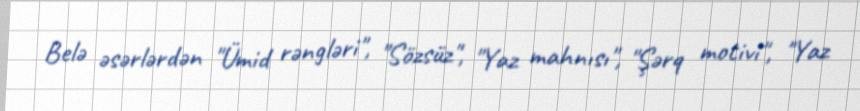
Belə əsərlərdən "Ümid rəngləri", "Sözsüz", "Yaz mahnısı", "Şərq motivi", "Yaz